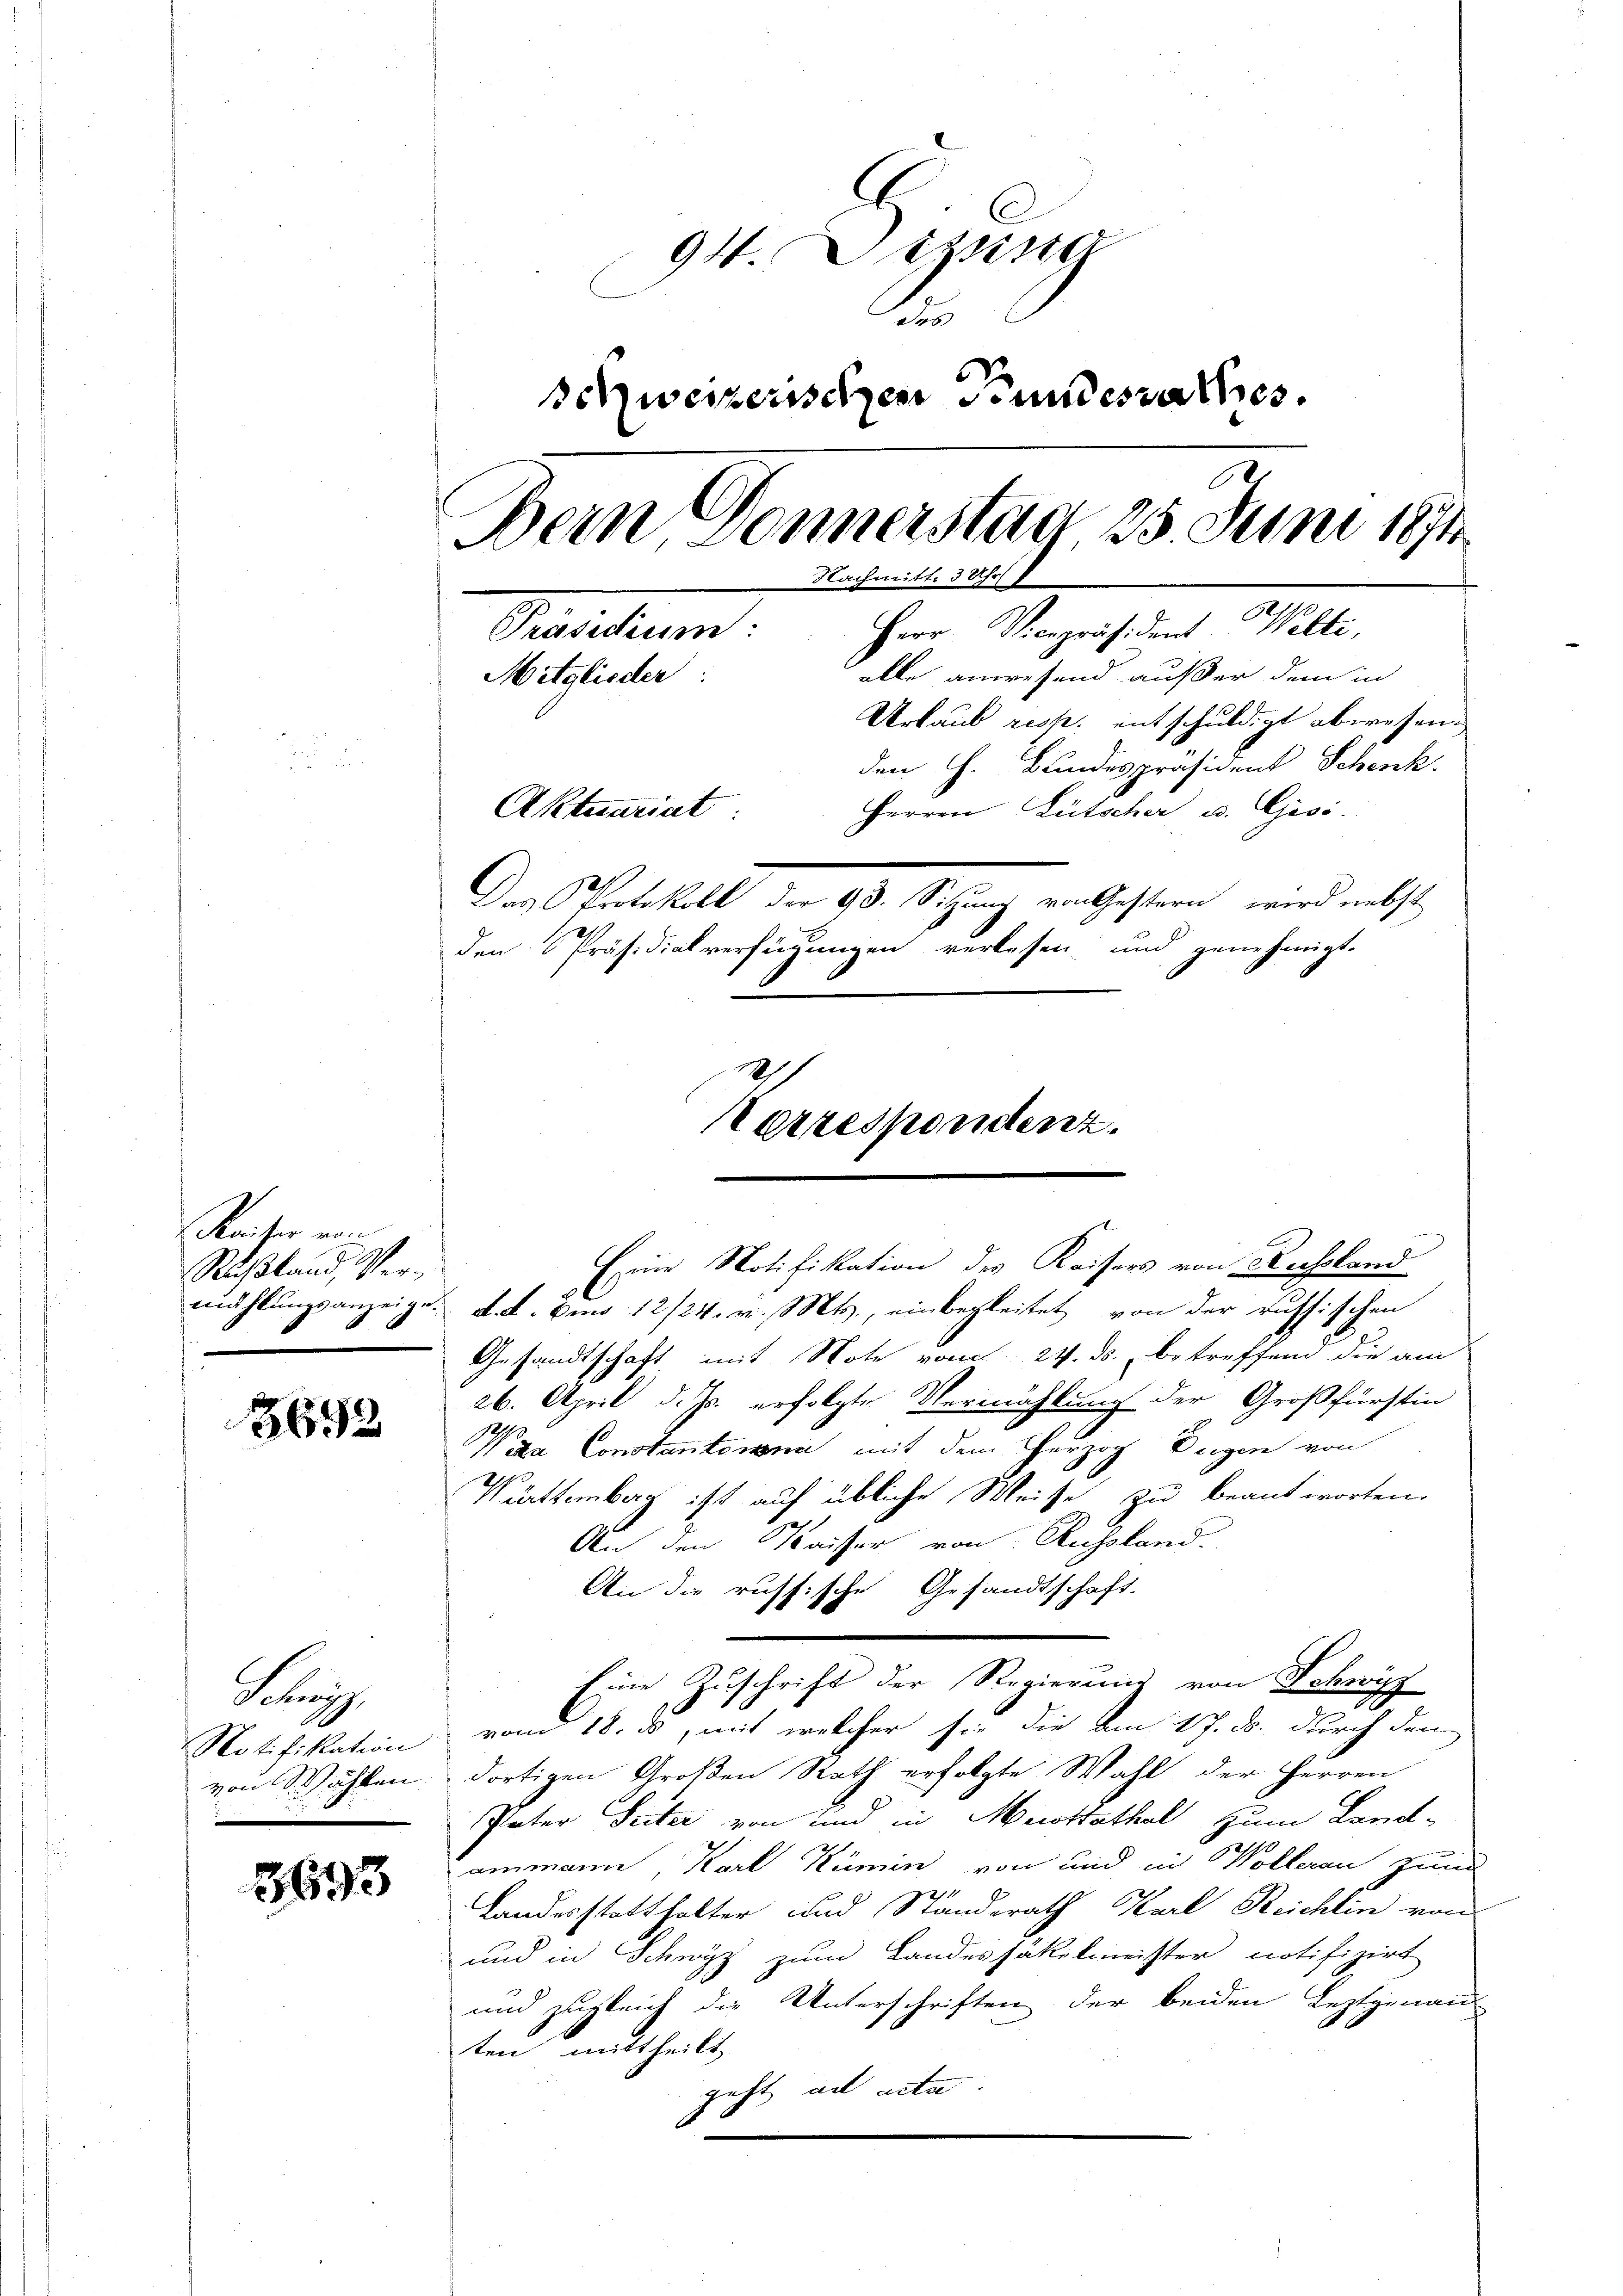
Reicher von
Rußland, Verahlŭngsanzeig.

3692

Freih
Notifikation
von 8. Wählen.
.

8693

94. Sitzung
2
schweizerischen Fundesrathes.
Bern Donnerstag 25 Juni 1874
Nachmitt. 3 Uhr
Herr Vicepräsident Welti,
Predictum
alle anwesend außer dem in
Mitglieder:
Urlaub resp. entschuldigt abwesen.
den H. Bundespräsident Schenk.
Aktuariat
Herren Lütscher u. Gesi
Das Protokoll der 93. Sitzung von Gestern, wird nebst
den Präsidialverfügungen verlesen und genehmigt.
2
Herrespondenz.

Einer Notifikation des Kaisers von Russland
d. d. d. Am 12/24. v. Mts., einbegleitet, von der russischen
Gesandtschaft mit Note vom 24. ds. betreffend die am
26. April d. Js. erfolgte Vermählung der Großfürstin
Va Constantone mit dem Herzog Degen von
Württemberg ist auf übliche Weise zu beantworten.
An den Kaiser von Russland.
An die russische Gesandtschaft.
Eine Zuschrift der Regierung von Schwyz
vom 18. ds, mit welcher sie die am 17. ds. durch den
dortigen Großen Rath erfolgte Wahl der Herren
Pater Seiter von und in Meistrathal zum Land-
ammann, Karl Kümin von und in Wollerau zum
Landesstatthalter und Standerath Karl Reichten von
und in Schwyz zum Landessäkelmeister notifizirt
und zugleich die Unterschriften der beiden Leztgenaus
ten mittheilt,
geht ad acta
6